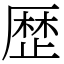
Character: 歴